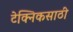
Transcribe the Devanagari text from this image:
टेक्निकसाठी